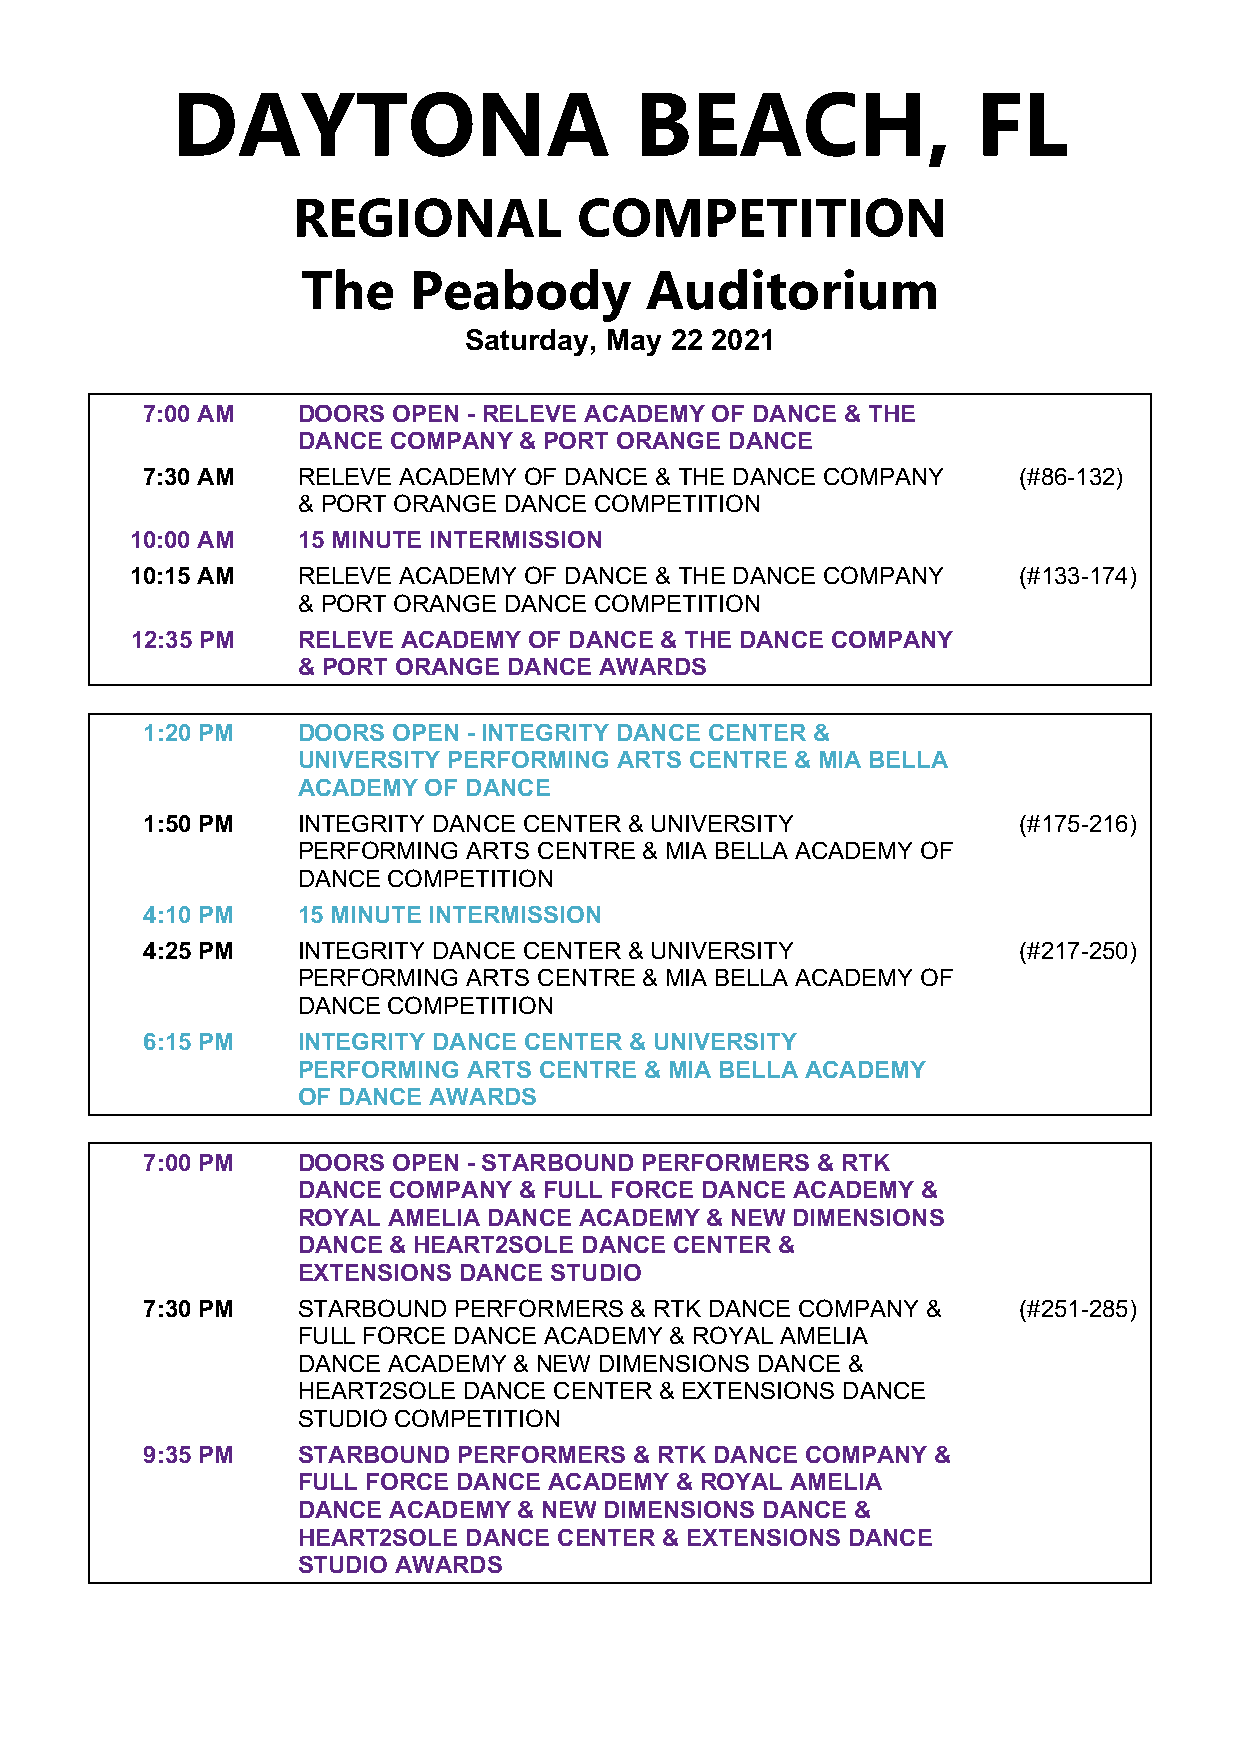
DAYTONA                        BEACH,                 FL
 REGIONAL           COMPETITION
 The    Peabody         Auditorium
 Saturday, May 22 2021
 7:00 AM    DOORS OPEN - RELEVE ACADEMY OF DANCE & THE
 DANCE COMPANY & PORT ORANGE DANCE
 7:30 AM    RELEVE ACADEMY OF DANCE & THE DANCE COMPANY    (#86-132)
 & PORT ORANGE DANCE COMPETITION
 10:00 AM   15 MINUTE INTERMISSION
 10:15 AM   RELEVE ACADEMY OF DANCE & THE DANCE COMPANY    (#133-174)
 & PORT ORANGE DANCE COMPETITION
 12:35 PM   RELEVE ACADEMY OF DANCE & THE DANCE COMPANY
 & PORT ORANGE DANCE AWARDS
 1:20 PM    DOORS OPEN - INTEGRITY DANCE CENTER &
 UNIVERSITY PERFORMING ARTS CENTRE & MIA BELLA
 ACADEMY OF DANCE
 1:50 PM    INTEGRITY DANCE CENTER & UNIVERSITY            (#175-216)
 PERFORMING ARTS CENTRE & MIA BELLA ACADEMY OF
 DANCE COMPETITION
 4:10 PM    15 MINUTE INTERMISSION
 4:25 PM    INTEGRITY DANCE CENTER & UNIVERSITY            (#217-250)
 PERFORMING ARTS CENTRE & MIA BELLA ACADEMY OF
 DANCE COMPETITION
 6:15 PM    INTEGRITY DANCE CENTER & UNIVERSITY
 PERFORMING ARTS CENTRE & MIA BELLA ACADEMY
 OF DANCE AWARDS
 7:00 PM    DOORS OPEN - STARBOUND PERFORMERS & RTK
 DANCE COMPANY & FULL FORCE DANCE ACADEMY &
 ROYAL AMELIA DANCE ACADEMY & NEW DIMENSIONS
 DANCE & HEART2SOLE DANCE CENTER &
 EXTENSIONS DANCE STUDIO
 7:30 PM    STARBOUND PERFORMERS  & RTK DANCE COMPANY &    (#251-285)
 FULL FORCE DANCE ACADEMY & ROYAL AMELIA
 DANCE ACADEMY & NEW DIMENSIONS DANCE &
 HEART2SOLE DANCE CENTER & EXTENSIONS DANCE
 STUDIO COMPETITION
 9:35 PM    STARBOUND PERFORMERS  & RTK DANCE COMPANY &
 FULL FORCE DANCE ACADEMY & ROYAL AMELIA
 DANCE ACADEMY & NEW DIMENSIONS DANCE &
 HEART2SOLE DANCE CENTER & EXTENSIONS DANCE
 STUDIO AWARDS